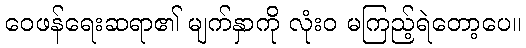
ဝေဖန်ရေးဆရာ၏ မျက်နှာကို လုံးဝ မကြည့်ရဲတော့ပေ။